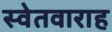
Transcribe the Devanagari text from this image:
स्वेतवाराह